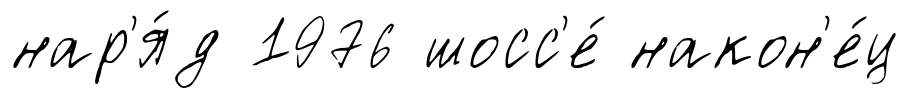
нар'я́д 1976 шосс'е́ након'е́ц